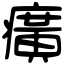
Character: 癀